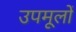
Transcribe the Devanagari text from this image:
उपमूलों